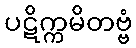
ပဋိက္ကမိတဗ္ဗံ